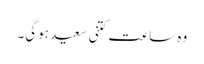
وہ ساعت کتنی سعید ہوگی۔